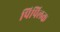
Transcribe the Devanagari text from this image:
पिपिलक